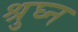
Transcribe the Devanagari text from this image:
श्रुघ्न